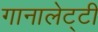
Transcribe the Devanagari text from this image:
गानालेट्टी